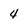
Character: 4